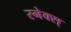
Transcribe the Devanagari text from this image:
स्नेक्स्